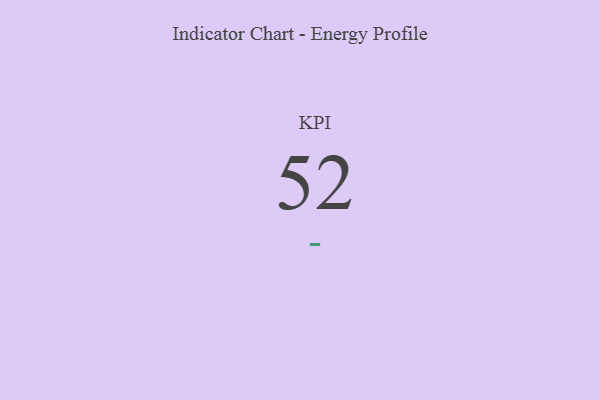
{"axis": {"x": "KPI", "y": "Value"}, "legend": [""], "data": [{"x": "KPI", "y": 52, "type": ""}]}